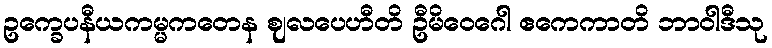
ဥက္ခေပနီယကမ္မကတေန ဈလပေဟီတိ ဦမိဝေဂေါ ဧကေကာတိ ဘာဝါဒီသု